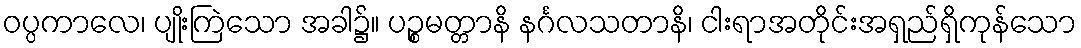
ဝပ္ပကာလေ၊ ပျိုးကြဲသော အခါ၌။ ပဉ္စမတ္တာနိ နင်္ဂလသတာနိ၊ ငါးရာအတိုင်းအရှည်ရှိကုန်သော